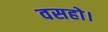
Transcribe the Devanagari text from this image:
वसहो।